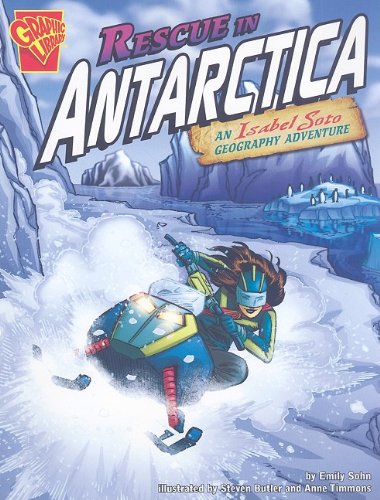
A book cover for Rescue in Antarctica: An Isabel Soto Geography Adventure (Graphic Expeditions); Emily Sohn; Travel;